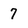
Character: 7